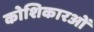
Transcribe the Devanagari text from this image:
कोशिकारओं